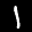
Label: 1